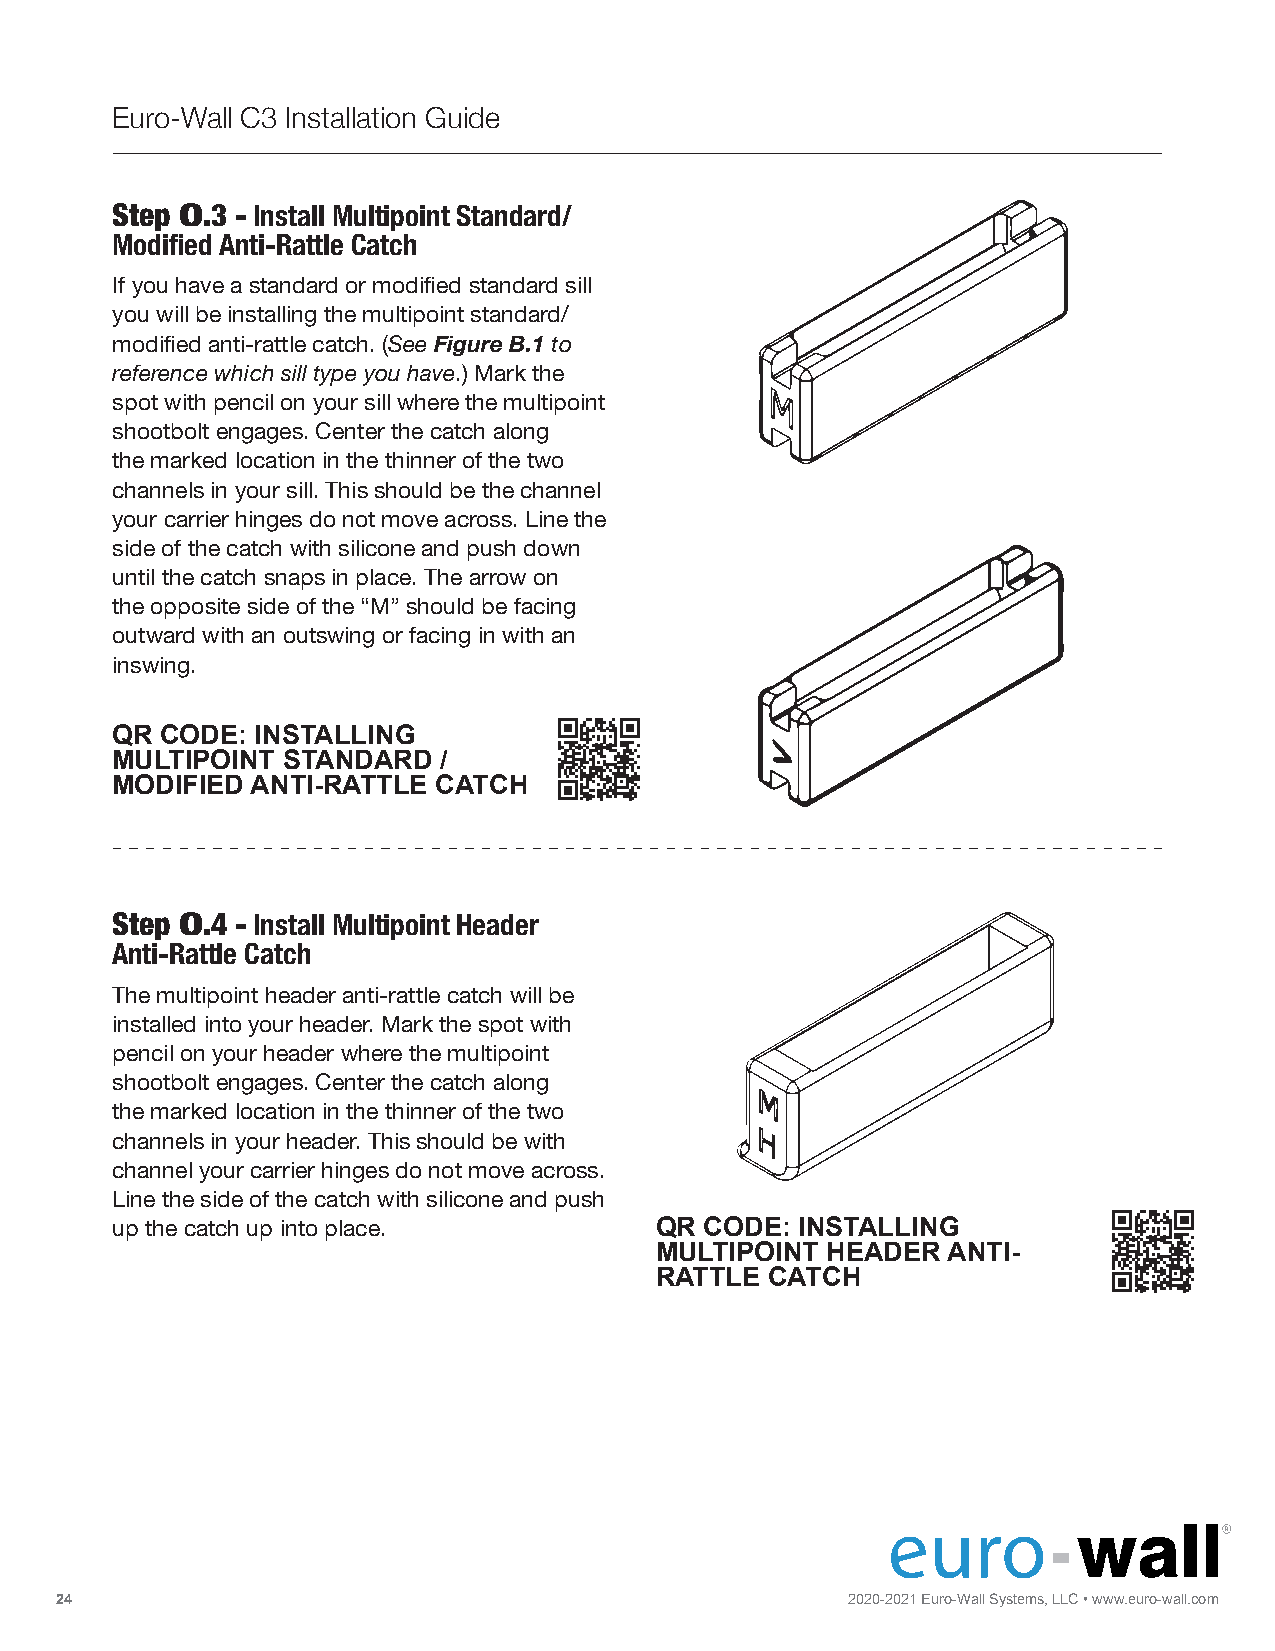
Euro-Wall C3 Installation Guide
 Step O.3 - Install Multipoint Standard/
 Modified Anti-Rattle Catch
 If you have a standard or modified standard sill
 you will be installing the multipoint standard/
 modified anti-rattle catch. (See Figure B.1 to
 reference which sill type you have.) Mark the
 spot with pencil on your sill where the multipoint
 shootbolt engages. Center the catch along
 the marked location in the thinner of the two
 channels in your sill. This should be the channel
 your carrier hinges do not move across. Line the
 side of the catch with silicone and push down
 until the catch snaps in place. The arrow on
 the opposite side of the “M” should be facing
 outward with an outswing or facing in with an
 inswing.
 QR  CODE: INSTALLING
 MULTIPOINT  STANDARD  /
 MODIFIED  ANTI-RATTLE CATCH
 Step O.4 - Install Multipoint Header
 Anti-Rattle Catch
 The multipoint header anti-rattle catch will be
 installed into your header. Mark the spot with
 pencil on your header where the multipoint
 shootbolt engages. Center the catch along
 the marked location in the thinner of the two
 channels in your header. This should be with
 channel your carrier hinges do not move across.
 Line the side of the catch with silicone and push
 up the catch up into place.         QR  CODE: INSTALLING
 MULTIPOINT  HEADER  ANTI-
 RATTLE  CATCH
 24                                                  2020-2021
 F
 E Ou Lr Do I- NW Ga l l| S Sy Ls It De Im Ns G, L |L SC
 T
 •
 A
 w CKw Iw N. Ge u |r o P-w IVa Oll. Tcom